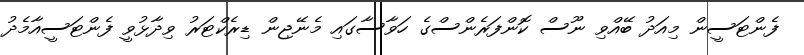
ފެންޓަސީން މިއަދު ބޭއްވި ނޫސް ކޮންފަރެންސްގެ ހަވާސާގައި މެނޭޖިން ޑިރެކްޓަރު ވިދާޅުވީ ފެންޓަސީއާމެދު